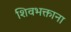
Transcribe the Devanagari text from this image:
शिवभक्ताना